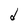
Character: d